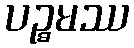
ပဉ္စမဿ